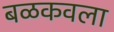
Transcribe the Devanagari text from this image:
बळकवला